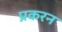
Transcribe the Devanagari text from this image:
प्रकरन